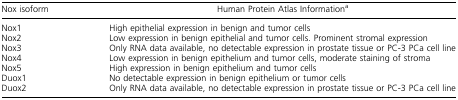
| Nox isoform | Human Protein Atlas Informationa |
 | --- | --- |
 | Nox1 | High epithelial expression in benign and tumor cells |
 | Nox2 | Low expression in benign epithelial and tumor cells. Prominent stromal expression |
 | Nox3 | Only RNA data available, no detectable expression in prostate tissue or PC‐3 PCa cell line |
 | Nox4 | Low expression in benign epithelium and tumor cells, moderate staining of stroma |
 | Nox5 | High expression in benign epithelium and tumor cells |
 | Duox1 | No detectable expression in benign epithelium or tumor cells |
 | Duox2 | Only RNA data available, no detectable expression in prostate tissue or PC‐3 PCa cell line |